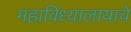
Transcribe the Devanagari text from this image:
महाविध्यालायाचे